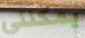
يمكنني